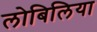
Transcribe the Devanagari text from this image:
लोबिलिया